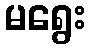
မရွေး